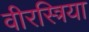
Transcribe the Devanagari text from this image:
वीरस्त्रिया